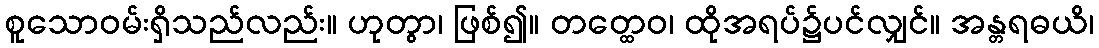
စူသောဝမ်းရှိသည်လည်း။ ဟုတွာ၊ ဖြစ်၍။ တတ္ထေဝ၊ ထိုအရပ်၌ပင်လျှင်။ အန္တရဓယိ၊